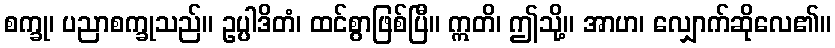
စက္ခု၊ ပညာစက္ခုသည်။ ဥပ္ပါဒိတံ၊ ထင်စွာဖြစ်ပြီ။ ဣတိ၊ ဤသို့။ အာဟ၊ လျှောက်ဆိုလေ၏။